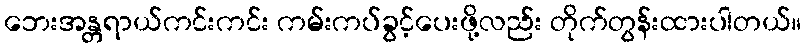
ဘေးအန္တရာယ်ကင်းကင်း ကမ်းကပ်ခွင့်ပေးဖို့လည်း တိုက်တွန်းထားပါတယ်။